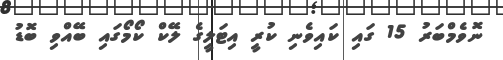
ނޮވެމްބަރު 15 ގައި ކައިވެނި ކުރީ އިޓަލީގެ ލޭކް ކޯމޯގައި ބޭއްވި ބޮޑު